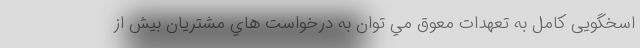
اسخگويی كامل به تعهدات معوق مي توان به درخواست هاي مشتريان بيش از